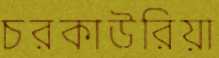
চরকাউরিয়া